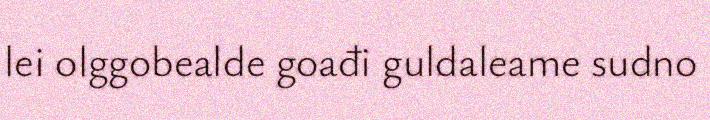
lei olggobealde goađi guldaleame sudno